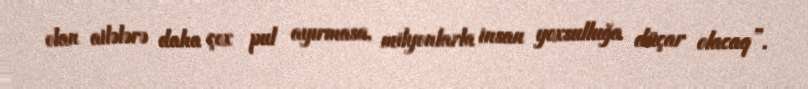
olan ailələrə daha çox pul ayırmasa, milyonlarla insan yoxsulluğa düçar olacaq”.